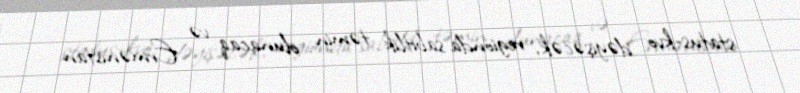
status-kvo dəyişəcək, regionda sabitlik təmin olunacaq və Ermənistan